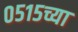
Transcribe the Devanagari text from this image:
०५१५च्या